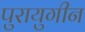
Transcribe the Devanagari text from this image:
पुरायुगीन